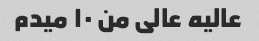
عالیه عالی من ۱۰ میدم